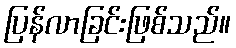
ပြန်လာခြင်းဖြစ်သည်။